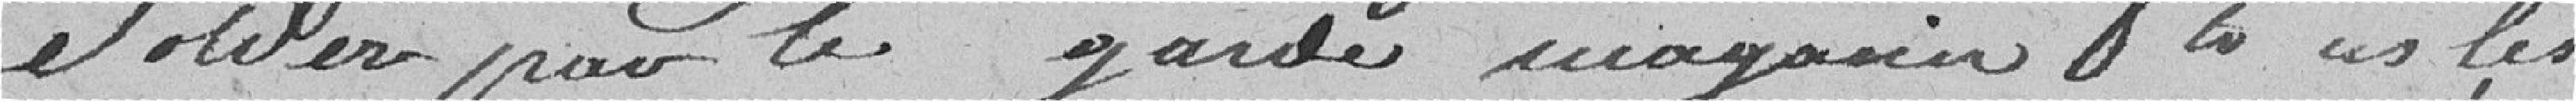
solder pour le garde magasin tous les